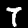
Label: 7